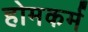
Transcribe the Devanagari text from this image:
होमकर्म